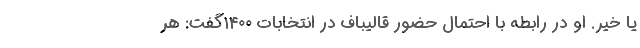
یا خیر. او در رابطه با احتمال حضور قالیباف در انتخابات ۱۴۰۰گفت: هر